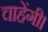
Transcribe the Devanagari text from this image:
चाहेंगी।